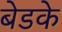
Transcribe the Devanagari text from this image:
बेडके